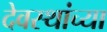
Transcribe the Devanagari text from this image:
देवस्थांच्या